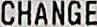
CHANGE